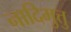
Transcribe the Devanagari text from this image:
नादिमुत्तु